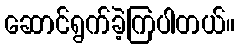
ဆောင်ရွက်ခဲ့ကြပါတယ်။